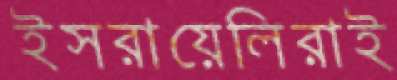
ইসরায়েলিরাই